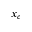
x _ { c }